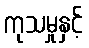
ကုသမှုနှင့်